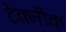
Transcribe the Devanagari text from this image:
टेक्नीक